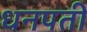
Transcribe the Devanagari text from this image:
धनपती